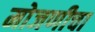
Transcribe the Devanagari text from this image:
मोजणीचा